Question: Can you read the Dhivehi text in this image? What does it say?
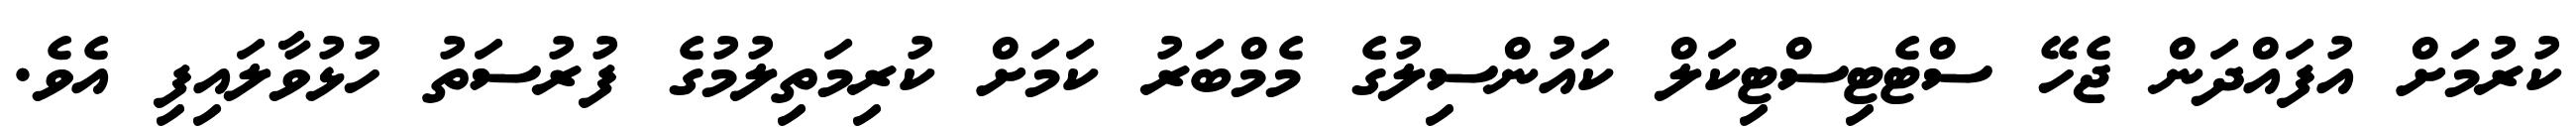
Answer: ކުރުމަށް އުފައްދަން ޖެހޭ ސްޓެޓިސްޓިކަލް ކައުންސިލުގެ މެމްބަރު ކަމަށް ކުރިމަތިލުމުގެ ފުރުސަތު ހުޅުވާލައިފި އެވެ.